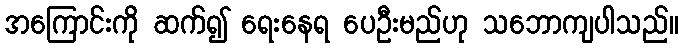
အကြောင်းကို ဆက်၍ ရေးနေရ ပေဦးမည်ဟု သဘောကျပါသည်။